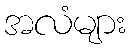
အလံများ